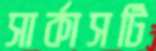
সার্কাসটি